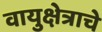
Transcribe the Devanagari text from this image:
वायुक्षेत्राचे